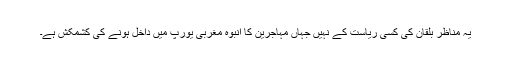
یہ مناظر بلقان کی کسی ریاست کے نہیں جہاں مہاجرین کا انبوہ مغربی یورپ میں داخل ہونے کی کشمکش ہے۔